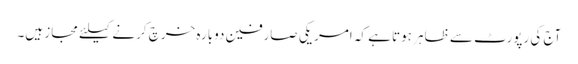
آج کی رپورٹ سے ظاہر ہوتا ہے کہ امریکی صارفین دوبارہ خرچ کرنے کیلئے مجاز ہیں۔